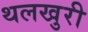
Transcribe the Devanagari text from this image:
थलखुरी